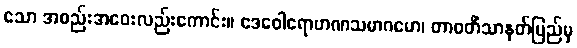
သော အစည်းအဝေးလည်းကောင်း။ ဒေဝေါရောဟဏသမာဂမော၊ တာဝတိံသာနတ်ပြည်မှ